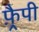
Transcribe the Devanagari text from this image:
फ़्रैपी